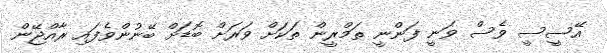
އޭސީސީ ވެސް ވަނީ ފަންނީ ތަމްރީން ތަކަށް ވަރަށް ބޮޑަށް ބޭނުންވެފައި ރާއްޖޭން